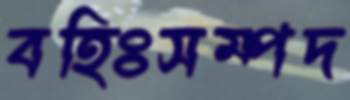
বহিঃসম্পদ